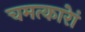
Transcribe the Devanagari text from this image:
चमत्कारेां